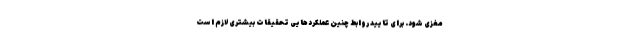
مغزی شود. برای تایید روابط چنین عملکردهایی تحقیقات بیشتری لازم است